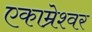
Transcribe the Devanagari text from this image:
एकाम्रेश्वर